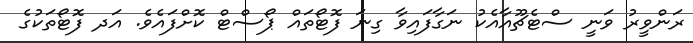
ރަންވީރު ވަނީ ސްޓެޗޫއާއެކު ނަގާފައިވާ ގިނަ ފޮޓޯތައް ޕޯސްޓް ކޮށްފައެވެ. އަދ ފޮޓޯތަކުގެ